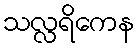
သလ္လရိကေန